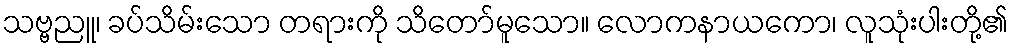
သဗ္ဗညူ၊ ခပ်သိမ်းသော တရားကို သိတော်မူသော။ လောကနာယကော၊ လူသုံးပါးတို့၏